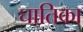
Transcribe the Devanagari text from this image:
घातिका